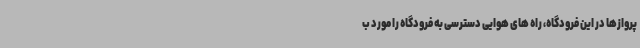
پروازها در این فرودگاه، راه های هوایی دسترسی به فرودگاه را مورد ب